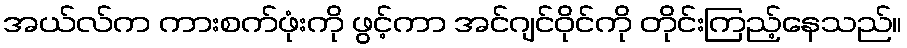
အယ်လ်က ကားစက်ဖုံးကို ဖွင့်ကာ အင်ဂျင်ဝိုင်ကို တိုင်းကြည့်နေသည်။